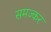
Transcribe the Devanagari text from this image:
समज्कर